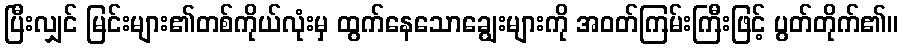
ပြီးလျှင် မြင်းများ၏တစ်ကိုယ်လုံးမှ ထွက်နေသောချွေးများကို အဝတ်ကြမ်းကြီးဖြင့် ပွတ်တိုက်၏။